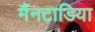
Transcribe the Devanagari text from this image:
मैंनटाडिया